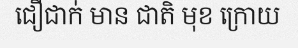
ជឿជាក់ មាន ជាតិ មុខ ក្រោយ